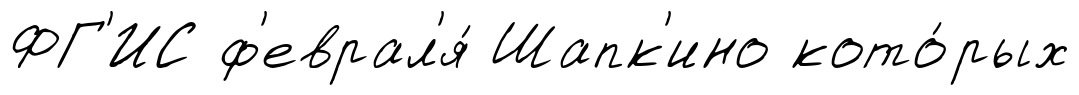
ФГ'ИС ф'еврал'я́ Шапк'ино кото́рых